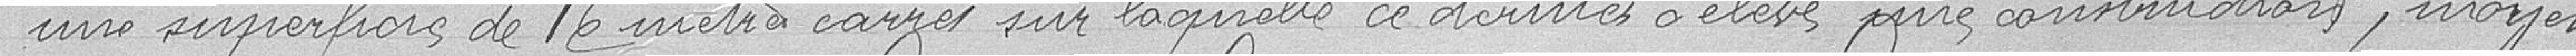
une superficie de 16 mètres carrés sur laquelle ce dernier élevés une construction, moyen-